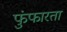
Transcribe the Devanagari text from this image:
फुंफारता